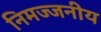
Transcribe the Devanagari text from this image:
निमज्जनीय